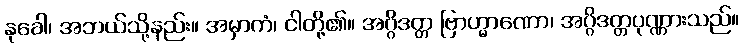
နုခေါ၊ အဘယ်သို့နည်း။ အမှာကံ၊ ငါတို့၏။ အဂ္ဂိဒတ္တ ဗြာဟ္မာဏော၊ အဂ္ဂိဒတ္တပုဏ္ဏားသည်။